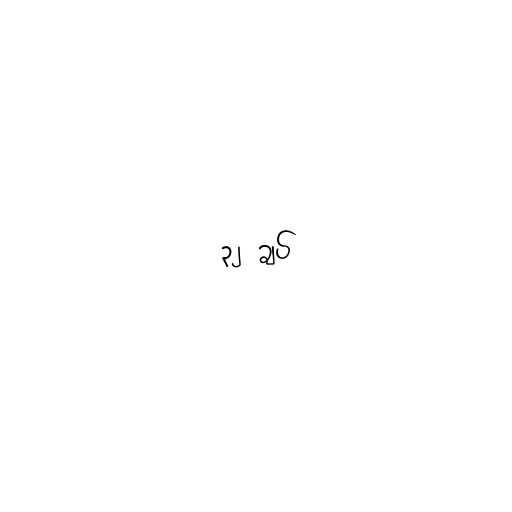
၃၂ ချပ်